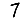
Digit: 7